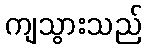
ကျသွားသည်